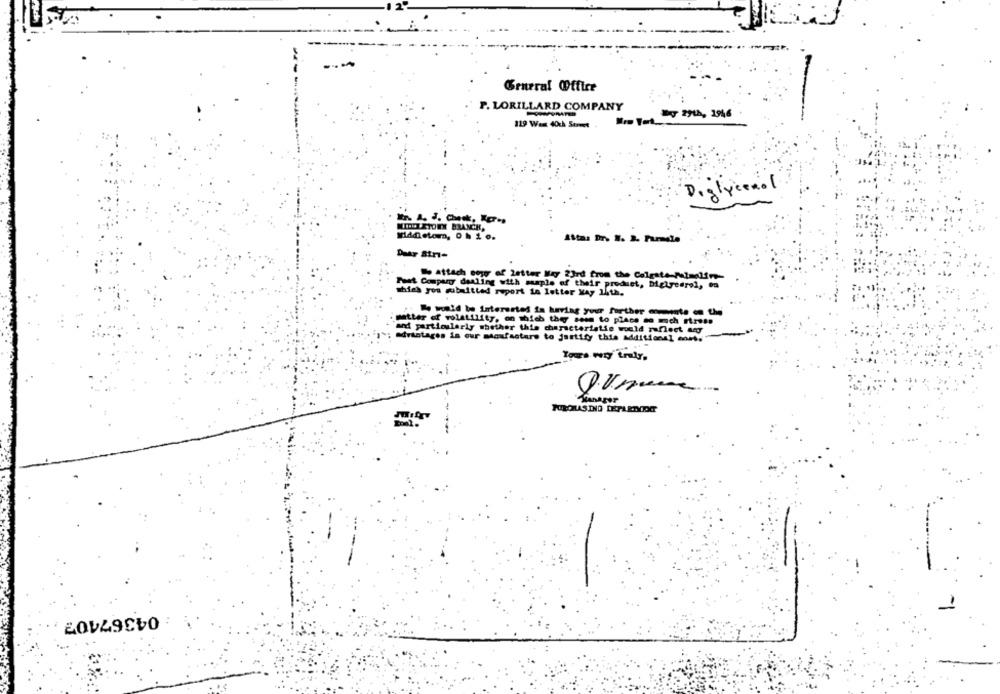
General Office
P. LORILLARD COMPANY
Dy 29th, 1946
119 Want 40ch Street
Diglycerol
MIDDLETOEX BRANCH,
Middletom, 0 h 1 0.
% attach copy of letter May 23rd from the Colgate-Palmolfm-
Fast Company dealing with maple of their produet, Diglyesrel, ou
which you submitted report in letter May 14th.
"Bo would be interested in hertag your further amente on the
matter of volatility, on which the ses to place no mich miness
and particularly whether this characteristic would reflect any
drantages in our mtoufastare to justify this additional mont.
PURONAS DIO DECARICOET
04367407